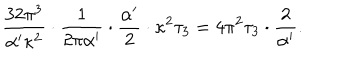
LaTeX: { \frac { 3 2 \pi ^ { 3 } } { \alpha ^ { \prime } \kappa ^ { 2 } } } \cdot { \frac { 1 } { 2 \pi \alpha ^ { \prime } } } \cdot { \frac { \alpha ^ { \prime } } { 2 } } \cdot \kappa ^ { 2 } \tau _ { 3 } = 4 \pi ^ { 2 } \tau _ { 3 } \cdot { \frac { 2 } { \alpha ^ { \prime } } } .